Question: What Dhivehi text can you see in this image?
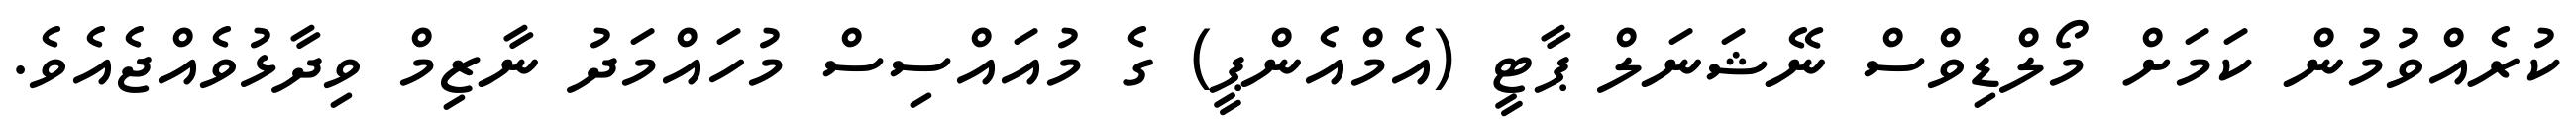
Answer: ކުރެއްވުމުން ކަމަށް މޯލްޑިވްސް ނޭޝަނަލް ޕާޓީ (އެމްއެންޕީ) ގެ މުއައްސިސް މުހައްމަދު ނާޒިމް ވިދާޅުވެއްޖެއެވެ.